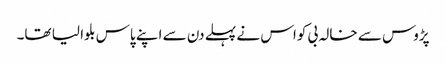
پڑوس سے خالہ بی کواس نے پہلے دن سے اپنے پاس بلوا لیا تھا۔